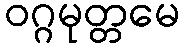
ဝဂ္ဂမုတ္တမေ